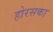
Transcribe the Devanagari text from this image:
होरसका